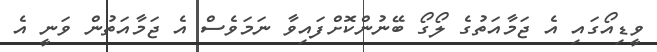
ވީޑިއޯގައި އެ ޖަމާއަތުގެ ލޯގޯ ބޭނުންކޮށްފައިވާ ނަމަވެސް އެ ޖަމާއަތުން ވަނީ އެ